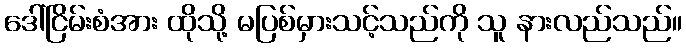
ဒေါ်ငြိမ်းစံအား ထိုသို့ မပြစ်မှားသင့်သည်ကို သူ နားလည်သည်။